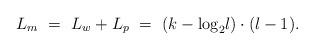
LaTeX: \begin{align*}L_m~=~L_w+L_p~=~(k-{\log} _{2}l)\cdot (l-1).\end{align*}